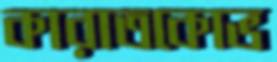
কারাতকোভ